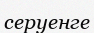
серуенге